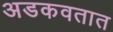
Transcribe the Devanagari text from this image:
अडकवतात